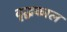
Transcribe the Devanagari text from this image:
वृद्धकाल